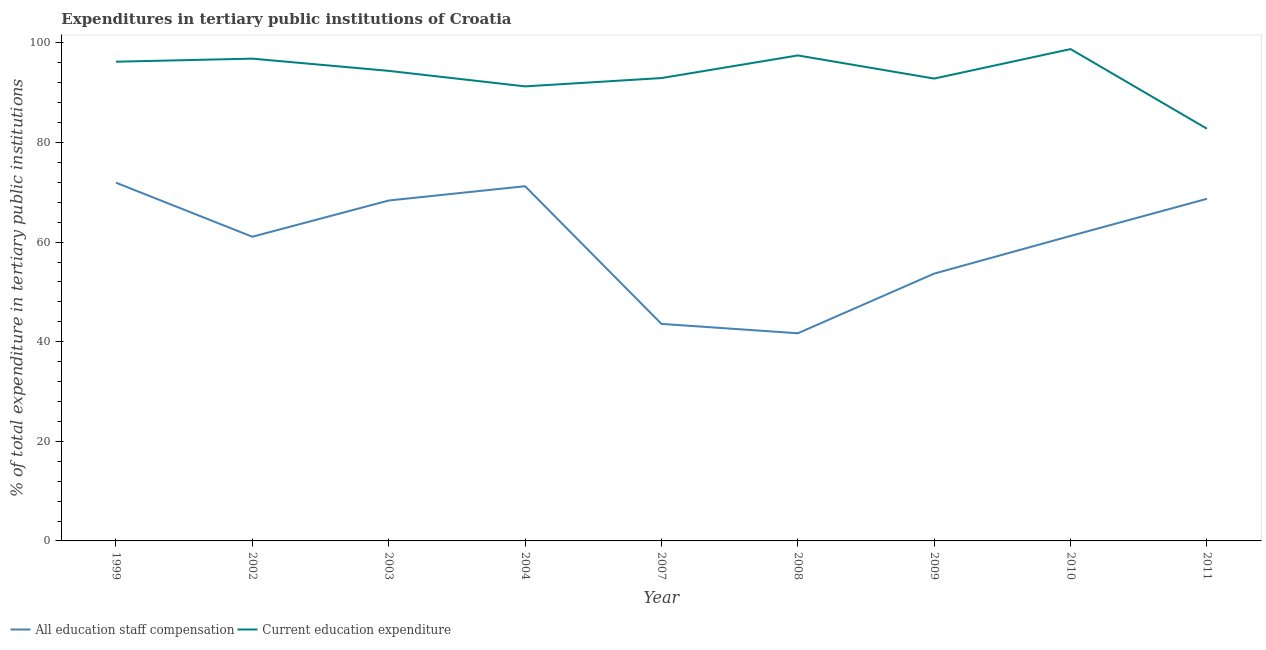
| Year | All education staff compensation | Current education expenditure |
 | --- | --- | --- |
 | 1999 | 71.9 | 96.2 |
 | 2002 | 61.1 | 96.9 |
 | 2003 | 68.4 | 94.4 |
 | 2004 | 71.2 | 91.3 |
 | 2007 | 43.6 | 93 |
 | 2008 | 41.7 | 97.5 |
 | 2009 | 53.7 | 92.9 |
 | 2010 | 61.3 | 98.8 |
 | 2011 | 68.7 | 82.8 |